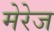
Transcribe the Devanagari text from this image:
मेरेज